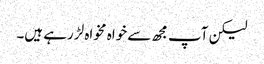
لیکن آپ مجھ سے خواہ مخواہ لڑ رہے ہیں۔